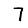
Digit: 7